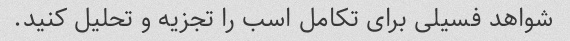
شواهد فسیلی برای تکامل اسب را تجزیه و تحلیل کنید.